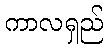
ကာလရှည်